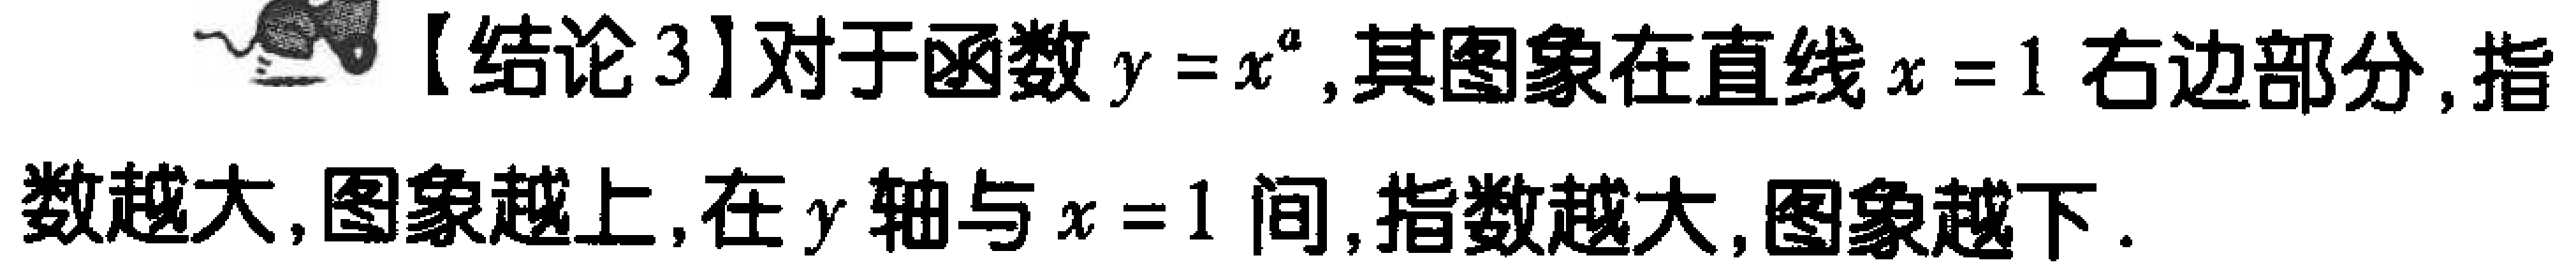
【结论3】对于函数\(y = x^{a}\),其图象在直线\(x = 1\)右边部分,指数越大,图象越上,在\(y\)轴与\(x = 1\)间,指数越大,图象越下.